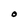
Character: O